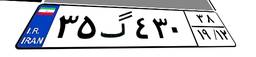
۳۵گ۴۳۰۳۸